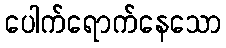
ပေါက်ရောက်နေသော